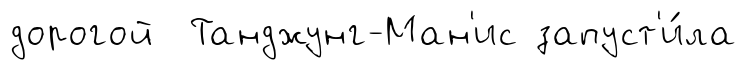
дорогой Танджунг-Ман'ис запуст'и́ла